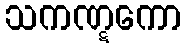
သကဏ္ဋကော